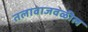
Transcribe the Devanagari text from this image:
तलावाजवळील